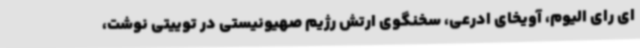
ای رای الیوم، آویخای ادرعی، سخنگوی ارتش رژیم صهیونیستی در توییتی نوشت،